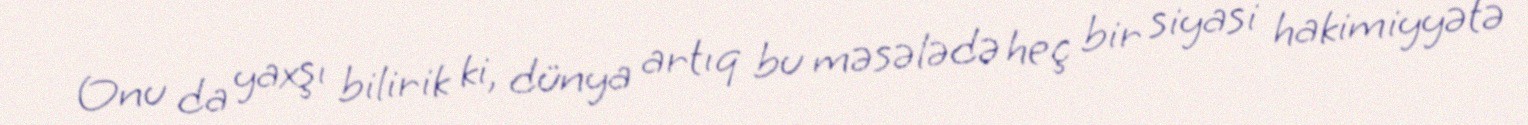
Onu da yaxşı bilirik ki, dünya artıq bu məsələdə heç bir siyasi hakimiyyətə